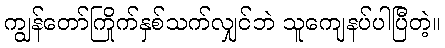
ကျွန်တော်ကြိုက်နှစ်သက်လျှင်ဘဲ သူကျေနပ်ပါပြီတဲ့။